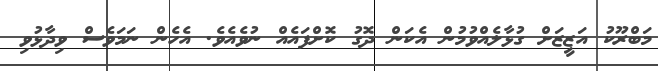
މަބްރޫކު އަޒީޒަށް ގުޅާލެއްވުމުން އެކަން ދޮގު ކޮށްފައެއް ނުވެއެވެ. އެހެން ނަމަވެސް ވިދާޅުވި